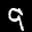
Label: 9